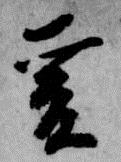
爰